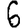
Digit: 6